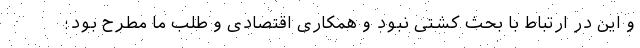
و این در ارتباط با بحث کشتی نبود و همکاری اقتصادی و طلب ما مطرح بود؛